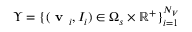
{ \Upsilon } = \{ ( \textbf { v } _ { i } , I _ { i } ) \in \Omega _ { s } \times \mathbb { R } ^ { + } \} _ { i = 1 } ^ { N _ { V } }